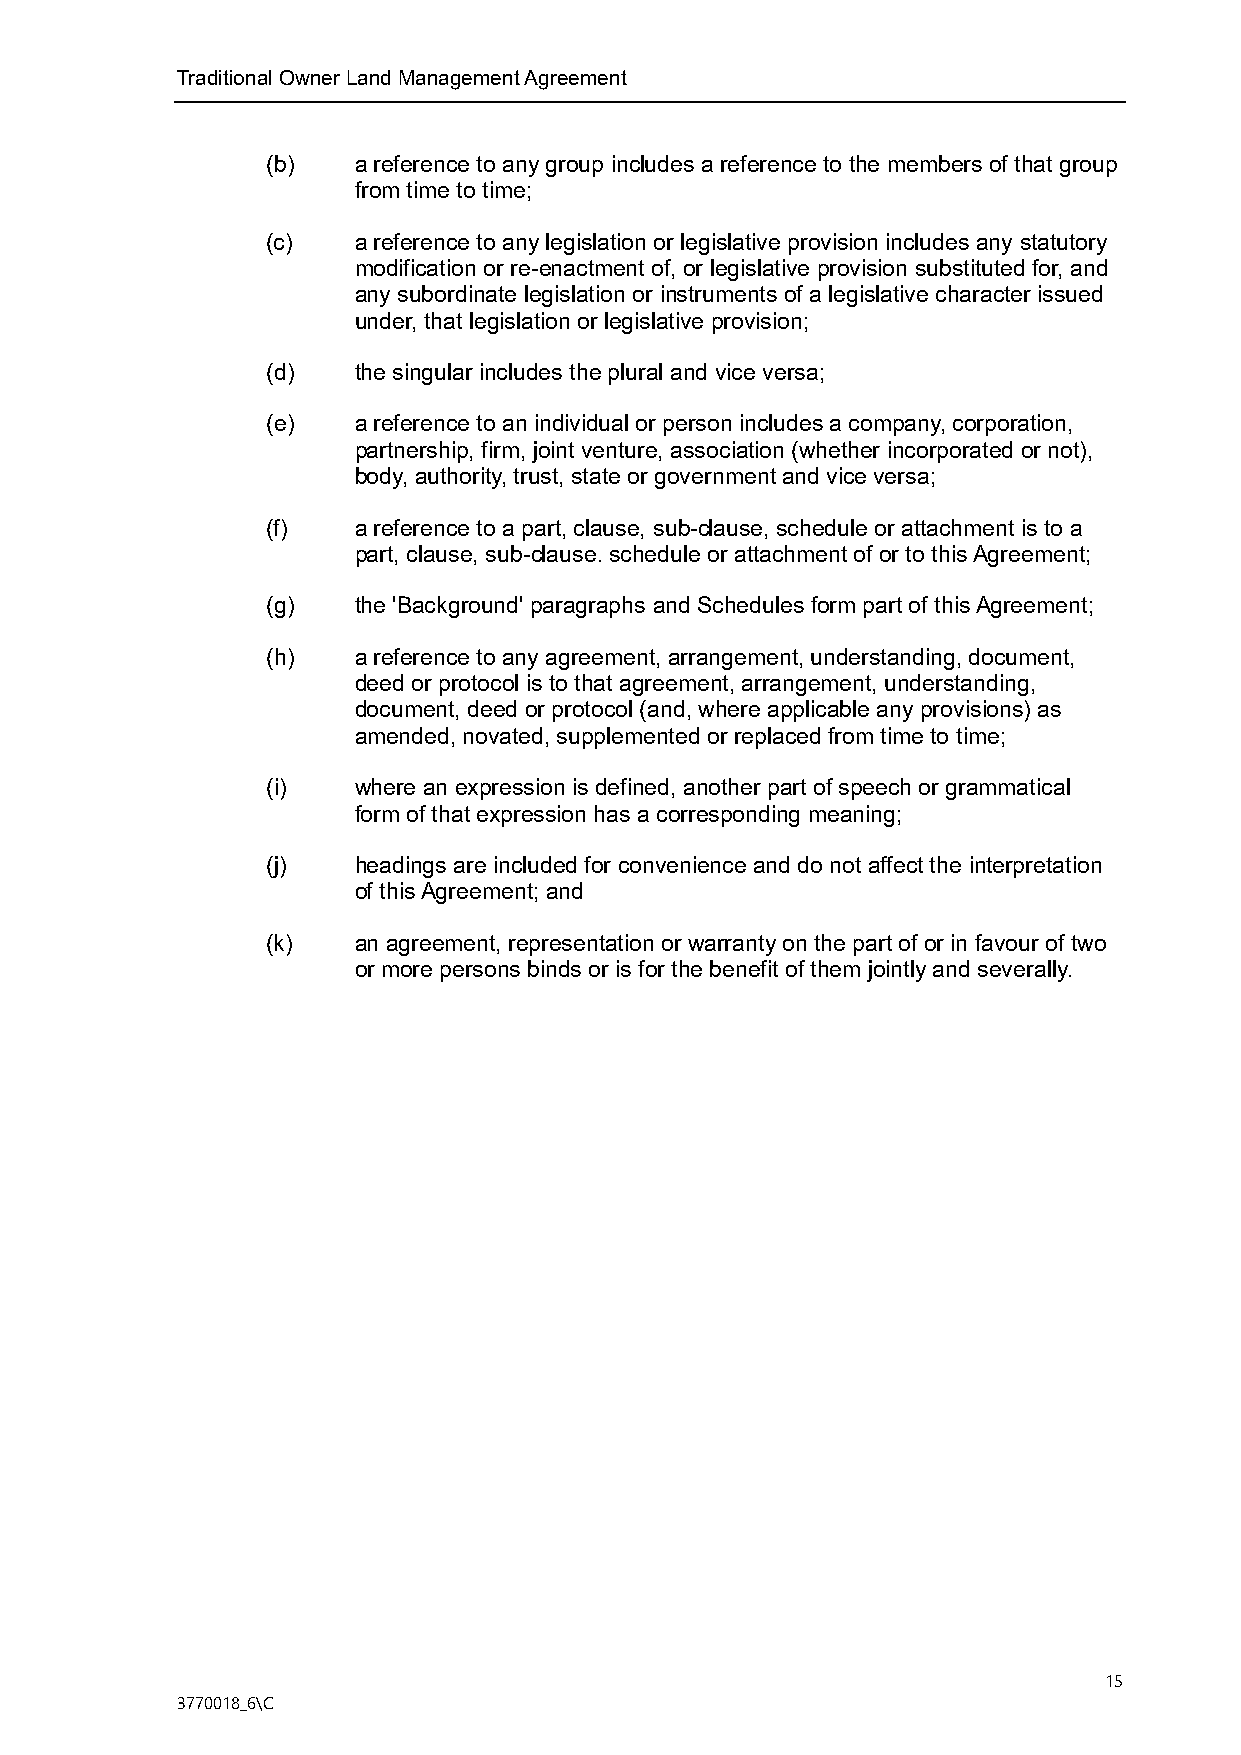
Traditional Owner Land Management Agreement
 (b)  a reference to any group includes a reference to the members of that group
 from time to time;
 (c)  a reference to any legislation or legislative provision includes any statutory
 modification or re-enactment of, or legislative provision substituted for, and
 any subordinate legislation or instruments of a legislative character issued
 under, that legislation or legislative provision;
 (d)  the singular includes the plural and vice versa;
 (e)  a reference to an individual or person includes a company, corporation,
 partnership, firm, joint venture, association (whether incorporated or not),
 body, authority, trust, state or government and vice versa;
 (f)  a reference to a part, clause, sub-clause, schedule or attachment is to a
 part, clause, sub-clause. schedule or attachment of or to this Agreement;
 (g)  the 'Background' paragraphs and Schedules form part of this Agreement;
 (h)  a reference to any agreement, arrangement, understanding, document,
 deed or protocol is to that agreement, arrangement, understanding,
 document, deed or protocol (and, where applicable any provisions) as
 amended, novated, supplemented or replaced from time to time;
 (i)  where an expression is defined, another part of speech or grammatical
 form of that expression has a corresponding meaning;
 (j)  headings are included for convenience and do not affect the interpretation
 of this Agreement; and
 (k)  an agreement, representation or warranty on the part of or in favour of two
 or more persons binds or is for the benefit of them jointly and severally.
 15
 3770018_6\C